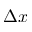
\Delta x